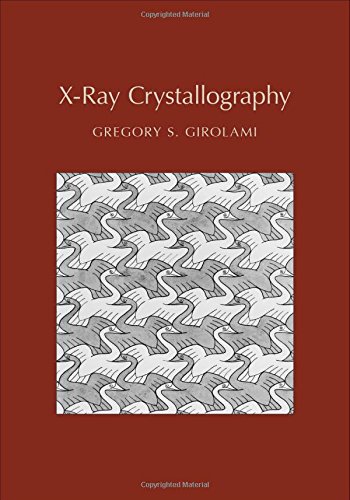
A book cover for X-ray Crystallography; Gregory S. Girolami; Science & Math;